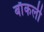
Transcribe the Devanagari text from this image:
बाँकली